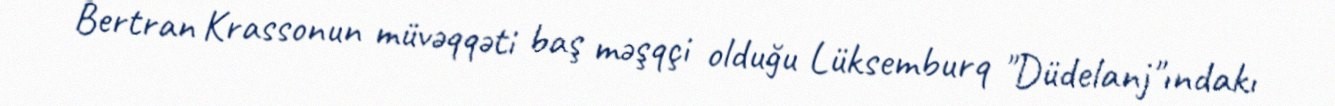
Bertran Krassonun müvəqqəti baş məşqçi olduğu Lüksemburq "Düdelanj"ındakı